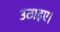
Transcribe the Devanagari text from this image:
उठाइए।